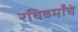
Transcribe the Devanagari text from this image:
रविवर्मांचे